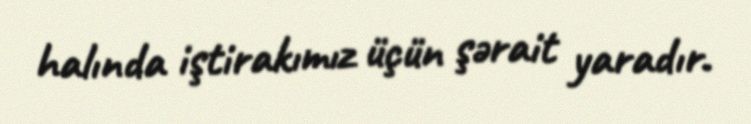
halında iştirakımız üçün şərait yaradır.